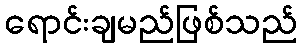
ရောင်းချမည်ဖြစ်သည်